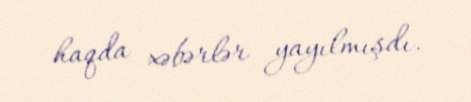
haqda xəbərlər yayılmışdı.